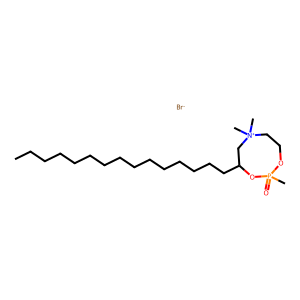
SMILES: CCCCCCCCCCCCCCCC1C[N+](C)(C)CCOP(C)(=O)O1.[Br-]
Inhibits HIV replication: No